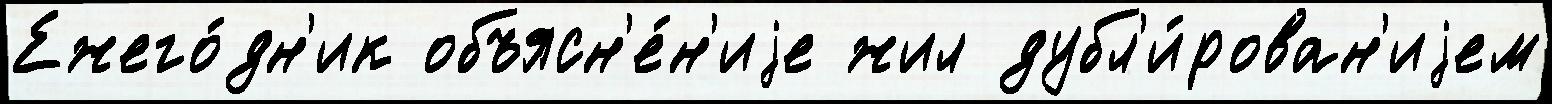
Ежего́дн'ик объясн'е́н'иjе жил дубл'и́рован'иjем